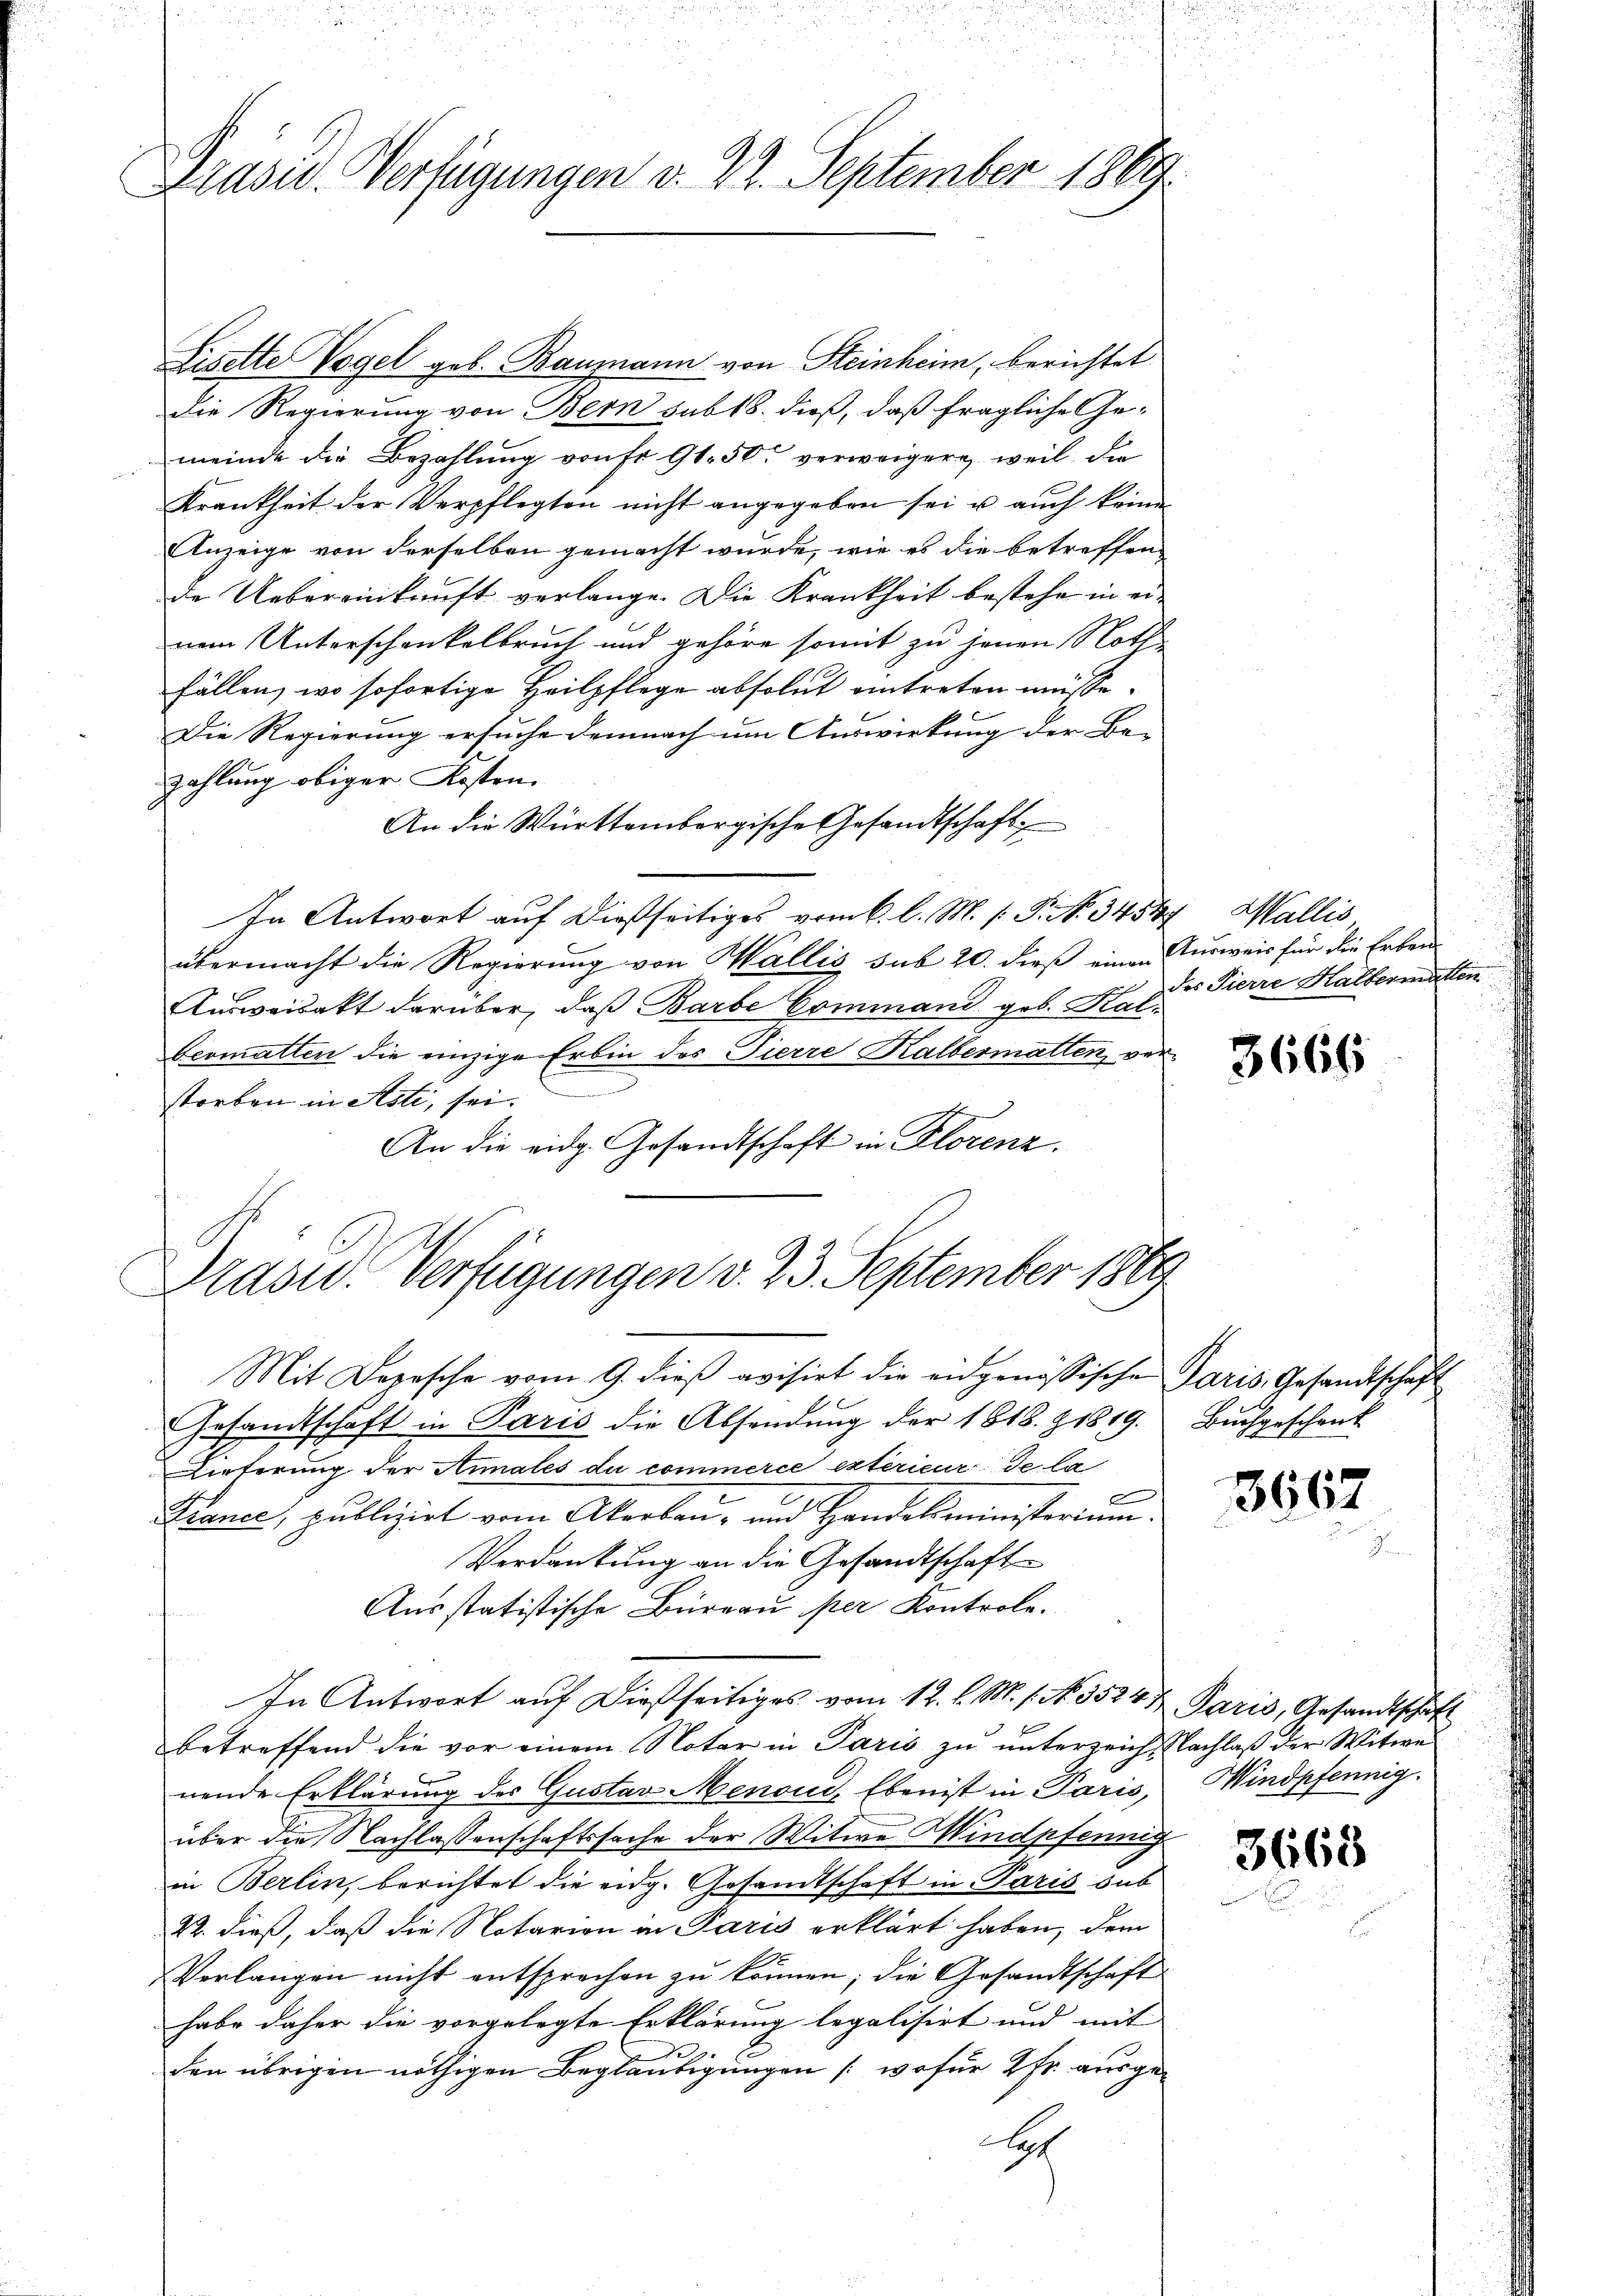
Drasu- Verfügungen v. 22. September 1889.

Liselte Vogel geb. Baumann von Steinheim, berichtet
Die Regierung von Bern sub 18. dieß, daß fragliche Ge-
meinde die Bezahlung von fr. 91. 50 verweigere, weil, die
Krankheit der Verpflegten nicht angegeben sei u. auch keine
Anzeige von derselben gemacht wurde, wie es die betreffen
de Uebereinkunft verlange. Die Krankheit bestehe in ein
nem Unterschankelbruch und gehöre somit zu jenen Noth
fällen, wo sofortige Heilpflege absolut eintreten müsse.
Die Regierung ersuche demnach um Auswirkung der Be-
Zahlung obiger Kosten.
An die Württembergische Gesandtschaft
In Antwort auf dießseitiges vom 6. l. M. /: P. No 3454
übermacht die Regierung von Wallis sub 20. dieß einen Ausweis für die Erben
Ausweisakt darüber, daß Barbe Command geb. Kalbeomatten die einzige Erbin des Tierre Halbermatten, verstorben in Asti, sei.
An die eidg. Gesandtschaft in Florenz.

Präsid. Verfügungen v. 23. September 1869

Wallis
des Pierre Haltermatten

Mit Deposche vom 9. dieβ avisirt die eidgenössische Paris, Gesandtschaft
Gesandtschaft in Paris die Absendung der 1818. & 1819.
Dinterung der Annales du commerce extérieur de la
x
France, publizirt vom Akerbau- und Handelsministerium.
Verdankung an die Gesandtschaft
Ausstatistische Büreau per Kontrole.
In Antwort auf dießseitiges vom 12. l. M. s. No. 3524½. Paris, Gesandtschaft
betreffend die vor einem Notar in Paris zu unterzeich Nachlaß der Witwe
nende Erklärung des Gustav Menoud, Eben ist in Paris,
über die Nachlassenschaftssache der Witwe Mindpfennig
in Berlin, berichtet die eidg. Gesandtschaft in Paris sub
22. dieß, daß die Notarien in Paris erklärt haben, dem
Verlangen nicht entsprechen zŭ können; die Gesandtschaft
habe daher die vorgelegte Erklärung legalisirt und mit
den übrigen nöthigen Beglaubigungen (wofür 2 Fr. ausgex

3666

Buchgeschenk

3667

Windpfennig.

3668